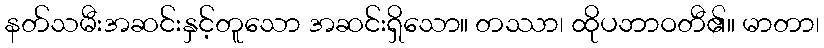
နတ်သမီးအဆင်းနှင့်တူသော အဆင်းရှိသော။ တဿာ၊ ထိုပဘာဝတီ၏။ မာတာ၊